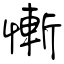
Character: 慚